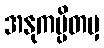
အနုကမ္ပိတမှ